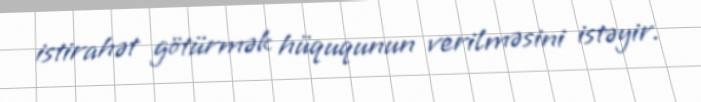
istirahət götürmək hüququnun verilməsini istəyir.